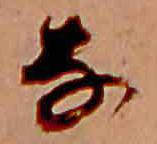
な